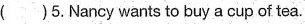
( )5. Nancy wants to buy a cup of tea.